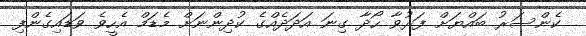
ކެންސަރު ބައްޔަށް ފަރުވާ ހޯދާ ގިނަ އަދަދެއްގެ ކުދިންނަށް މެޑަމް އެހީވެ ވަޑައިގެންފި